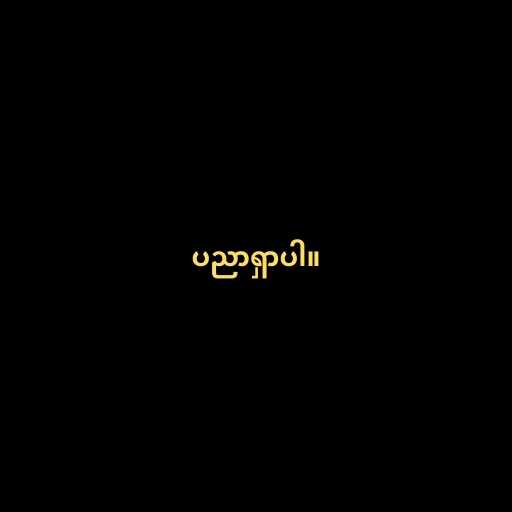
ပညာရှာပါ။